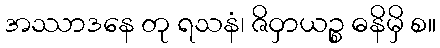
အဿာဒနေ တု ရသနံ၊ ဇိဝှာယဉ္စ ဓနိမှိ စ။